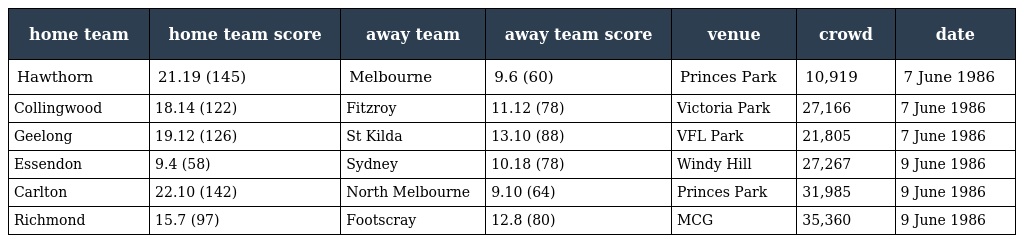
| home team | home team score | away team | away team score | venue | crowd | date |
 | --- | --- | --- | --- | --- | --- | --- |
 | Hawthorn | 21.19 (145) | Melbourne | 9.6 (60) | Princes Park | 10,919 | 7 June 1986 |
 | Collingwood | 18.14 (122) | Fitzroy | 11.12 (78) | Victoria Park | 27,166 | 7 June 1986 |
 | Geelong | 19.12 (126) | St Kilda | 13.10 (88) | VFL Park | 21,805 | 7 June 1986 |
 | Essendon | 9.4 (58) | Sydney | 10.18 (78) | Windy Hill | 27,267 | 9 June 1986 |
 | Carlton | 22.10 (142) | North Melbourne | 9.10 (64) | Princes Park | 31,985 | 9 June 1986 |
 | Richmond | 15.7 (97) | Footscray | 12.8 (80) | MCG | 35,360 | 9 June 1986 |